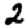
Digit: 2